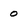
Character: 0